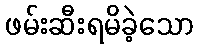
ဖမ်းဆီးရမိခဲ့သော